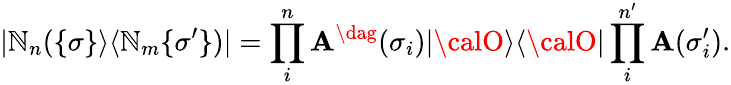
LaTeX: |\mathbb{N}_{n}(\{ \sigma\} \rangle\langle\mathbb{N}_{m}\{ \sigma^{\prime}\} )|=\prod_{i}^{n}{\mathbf{A}}^{\dag}(\sigma_{i})|{\calO}\rangle\langle{\calO}|\prod_{i}^{n^{\prime}}{\mathbf{A}}(\sigma_{i}^{\prime}).